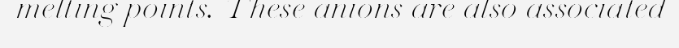
melting points. These anions are also associated